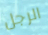
الرجل